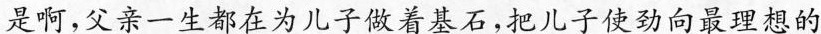
是啊，父亲一生都在为儿子做着基石，把儿子使劲向最理想的